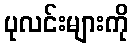
ပုလင်းများကို